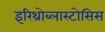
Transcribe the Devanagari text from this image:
इरिथ्रोब्लास्टोसिस